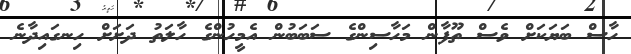
ހާސް ބަޔަކަށް ވެސް ތޫފާން މަހާސިންގެ ސަބަބުން އެމީހުންގެ ހާލަތު ދަށަށް ހިނގައިދާނެ